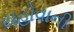
યહોવાની